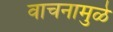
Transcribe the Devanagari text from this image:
वाचनामुळे